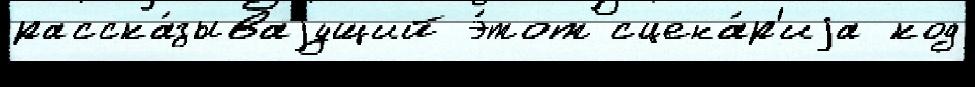
расска́зываjущий э́тот сцена́р'иjа код